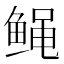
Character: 𱇸